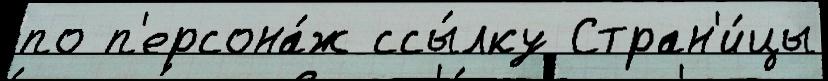
по п'ерсона́ж ссы́лку Стран'и́цы